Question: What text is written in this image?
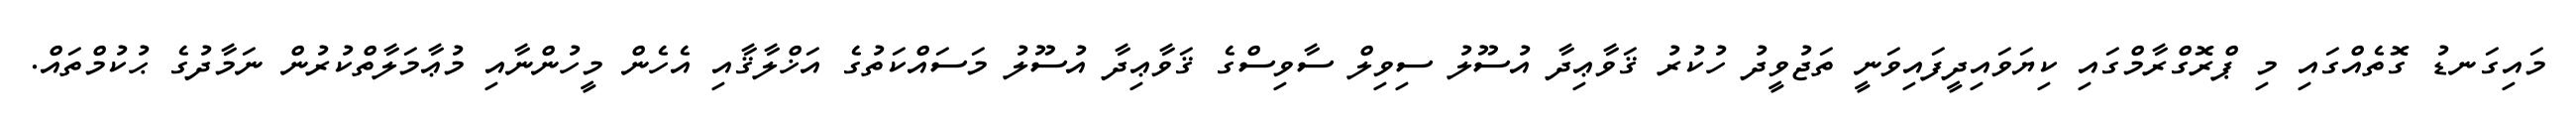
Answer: މައިގަނޑު ގޮތެއްގައި މި ޕްރޮގްރާމްގައި ކިޔަވައިދީފައިވަނީ ތަޖުވީދު ހުކުރު ޤަވާޢިދާ އުސޫލު ސިވިލް ސާވިސްގެ ޤަވާޢިދާ އުސޫލު މަސައްކަތުގެ އަޚްލާޤާއި އެހެން މީހުންނާއި މުޢާމަލާތްކުރުން ނަމާދުގެ ޙުކުމްތައް.